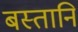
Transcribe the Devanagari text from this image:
बस्तानि